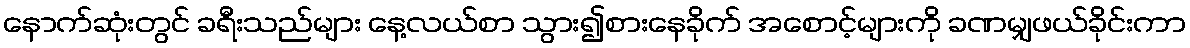
နောက်ဆုံးတွင် ခရီးသည်များ နေ့လယ်စာ သွား၍စားနေခိုက် အစောင့်များကို ခဏမျှဖယ်ခိုင်းကာ